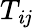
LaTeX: T_{\mathit{i}j}